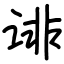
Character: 诽